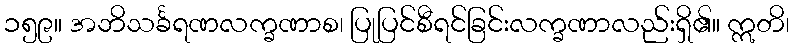
၁၅၉။ အဘိသင်္ခရဏလက္ခဏာစ၊ ပြုပြင်စီရင်ခြင်းလက္ခဏာလည်းရှိ၏။ ဣတိ၊